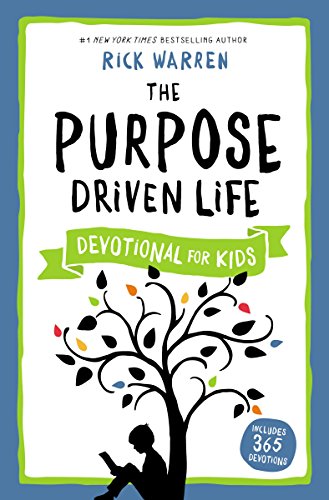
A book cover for The Purpose Driven Life Devotional for Kids; Rick Warren; Christian Books & Bibles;